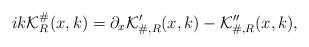
LaTeX: \begin{align*}ik\mathcal{K}^{\#}_{R}(x,k) = \partial_x\mathcal{K}_{\#,R}'(x,k) - \mathcal{K}_{\#,R}''(x,k),\end{align*}